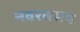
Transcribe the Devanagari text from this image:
नवरत्नमय